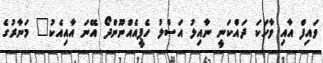
ވައިފް އާއި ވާހަކަ ދައްކަނީ ނާއިލު އަސްލު ހެޕީއެއްނޫންދޯ އޭނަ އާއިއެކު" މަނާރުގެ